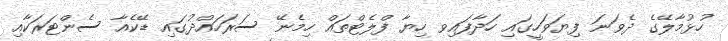
ހުޅުމާލޭގެ ދެވަނަ ފިޔަވަހީގައި ހަދާފައިވ ހިޔާ ފްލެޓްތައް ހިމެނޭ ސަރަހައްދުގައި ޑޭކެއާ ސެންޓަރަކާއި